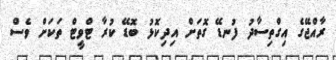
ރާއްޖޭގެ އިގްތިސާދު ފުނޑޭ ގޮތަށް އިދިކޮޅު ބޮޑޭ ކުރާ ޓްވީޓް ތަކަށް ވެސް